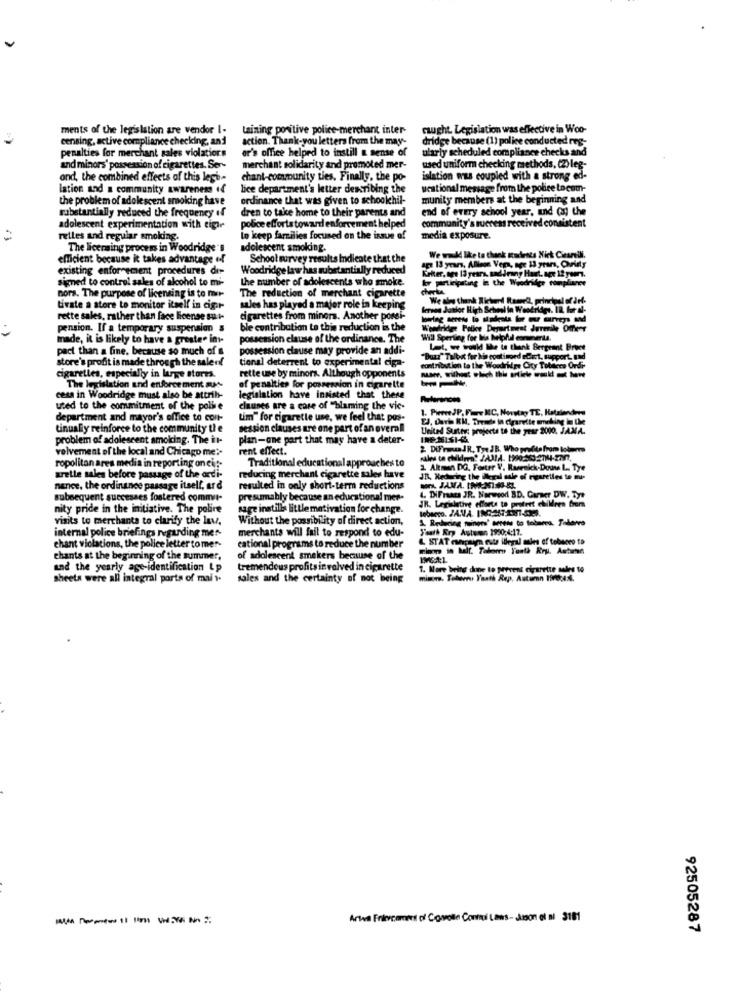
ments of the legislation are vendor I-
taining poritive police-merchant inter-
caught Legislation was effective in Woo-
censing, active compliance checking, and
action. Thank-you letters from the may-
dridge because (1) police conducted reg-
penalties for merchant sales violations
er's office helped to instill a sense of
ularly scheduled compliance checks and
and minors' possession of cigarettes. Ser-
merchant solidarity and promoted mer-
used uniform checking methods, (2)leg-
ond, the combined effects of this lege-
chant-community ties. Finally, the po-
islation was coupled with a strong ed-
lation and a community awareness if
lice department's letter describing the
ueational message from the police to com-
the problem of adolescent smoking have
ordinance that was given to schoolchil-
munity members at the beginning and
substantially reduced the frequency if
dren to take home to their parents and
end of every school year, and (3) the
police efforts toward enforcement helped
community's success received consistent
adolescent experimentation with cigi
retles and regular smoking.
to keep families focused on the issue of
media exposure.
The licensing process in Woodridge's
adolescent smoking.
efficient because it takes advantage of
School survey results Indicate that the
We would like to thank Rodents Nick Ciarelli.
existing enforcement procedures der-
Woodridge law has substantially reduced
age 13 years, Allison Vera, age 13 years, Ounidly
Kelter, ope 13 years, sadirany Haut. age 12 years.
signed to control sales of alcohol to mi-
the number of adolescents who smoke.
ky participating in the Weedridge compliance
The reduction of merchant cigarette
nors. The purpose of licensing is to mir-
We ale thank Richard Rassel, principal of drf-
tivate a store to monitor itself in cigar-
sales has played a major role in keeping
fersen Jalor High School in Woodridge, IR, for al-
rette sales, rather than face license su i-
cigarettes from minors. Another porsi-
pension. If a temporary suspension s
ble contribution to this reduction in the
Weedridge Police Deyurtmest Jurmile Offenr
made, it is likely to have a greste" int-
possession clause of the ordinance. The
Will Sperling for bis helpful commenta.
pact than a fine, because so much of
possession clause may provide an addi-
Let. we would the te thank Bergeant Broet
store's profit is made through the saleof
tional deterrent to experimental ciga-
"Buzz" Tulost for ki epotimoed eCart, support, and
contribution to the Woodridge City Tobetera Ordr
cigarettes, especially in lunge storts.
rette une by minors. Although opponents
The legislation and enforcement mas
of penalties for possession in cigarette
cess in Woodridge must also be attrib-
legislation have insisted that these
References
used to the commitment of the police
clauses are a care of "blaming the vic-
1. PierceJP, Fire KC, Novstay TE, Hatalanders
department and mayor's office to con-
tim" for cigarette use, we feel that pos-
EJ. Durh KM, Tresde in Cigarette smoking in the
tinually reinforce to the community ti e
session clauses are one part of an overall
United Suster: projects to the year 2000. JAM.A.
problem of adolescent smolding. The it-
plan-one part that may have a deter-
velvement of the local and Chicago me ?-
rent effect.
2 DiFirmaJR. Tye JB, Who profita from lobens
Traditional educational approaches to
ropolitan ares media in reporting on cut-
1. Altman DG. Forster V. Rawrnick-Douw L. Tye
arelle sales before passage of the ordi-
reducing merchant cigarette sales have
JR. Meduring the ilegal sale of rigsrettes to mi-
nance, the ordinance passage itself, ard
resulted in only short-term reductions
- JANA. INNINNI
subsequent successes fostered commit-
presumably because an educational mer-
4. DiFraats JR. Norwood BD. Garner DW. Tye
JR. Legislative efforts to protect children from
nity pride in the initiative. The police
sage instilla little motivation for change.
visits to merchants to clarify the lav,
Without the possibility of direct action,
1. Reducing minors' Gerets to tobarra. Tallene
merchants will fail to respond to edu-
Youth Erp Autumn 1930:4:17.
internal police briefings regarding mer-
L STAT ewapsim euts illegal mes of tobacco to
chant violations, the police letter to mer-
cational programs to reduce the number
Trinn in half. Tahon Tonta Rry. Astane
chants at the beginning of the summer,
of adolescent smokers because of the
and the yearly age-identification Lp
tremendous profits involved in cigarette
1. More being done to prevent cigarette sales to
sheets were all integral ports of mai i.
sales and the certainty of not being
minces, Tuberru Yaath Rep. Autumn Proc44.
Arwa Friement of Covole Consul Laws- Jason et al 3161
92505287